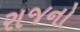
રાજનો